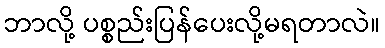
ဘာလို့ ပစ္စည်းပြန်ပေးလို့မရတာလဲ။